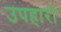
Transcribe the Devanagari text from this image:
उपहारांे